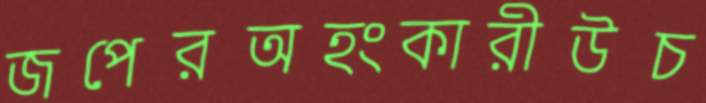
জপেরঅহংকারীউচ